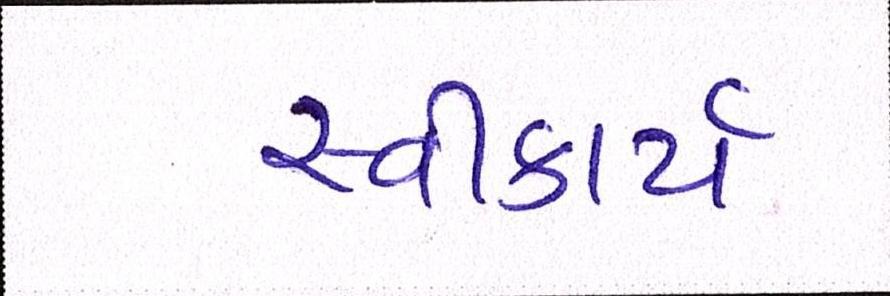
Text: સ્વીકાર્ય